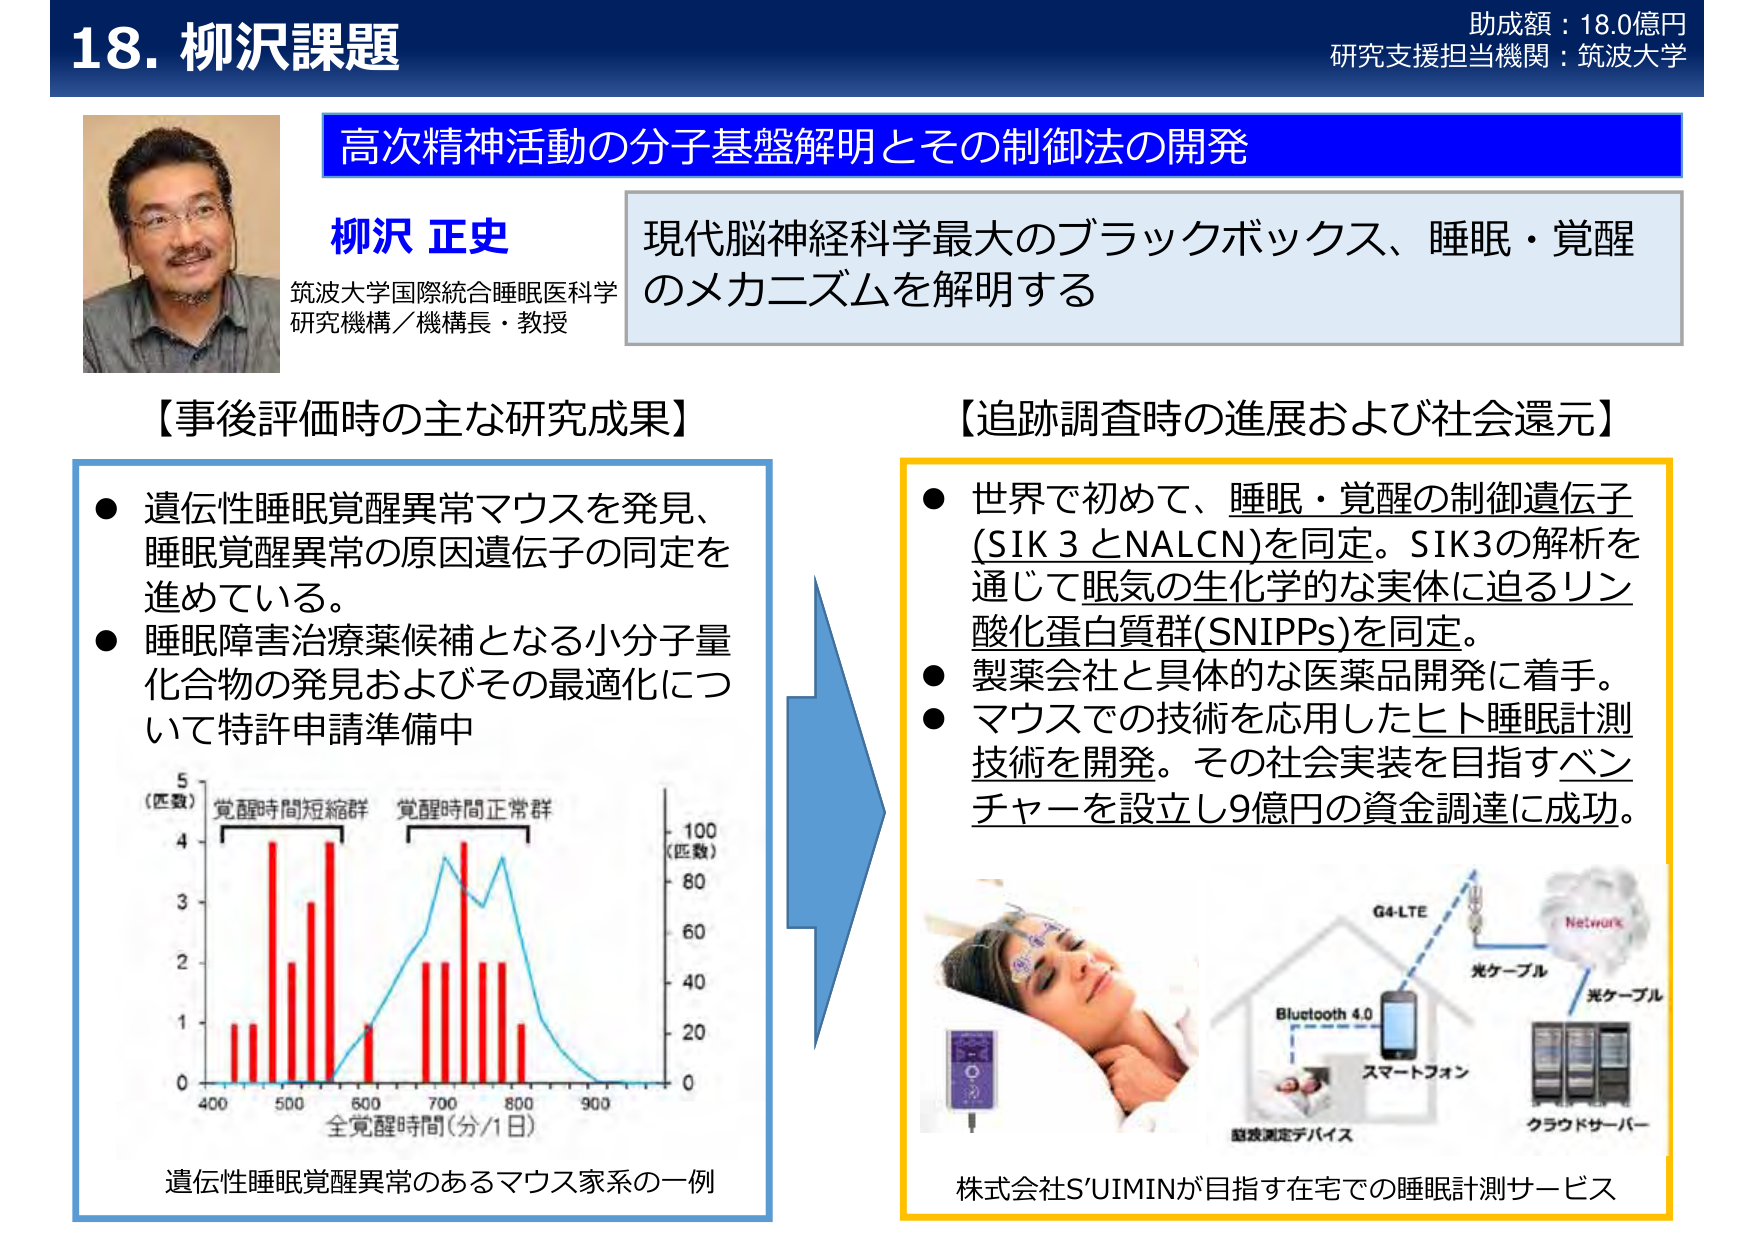
18. 柳沢課題
助成額：18.0億円
研究支援担当機関：筑波大学

高次精神活動の分子基盤解明とその制御法の開発

柳沢 正史
筑波大学国際統合睡眠医科学
研究機構／機構長・教授

現代脳神経科学最大のブラックボックス、睡眠・覚醒
のメカニズムを解明する

【事後評価時の主な研究成果】
● 遺伝性睡眠覚醒異常マウスを発見、
　睡眠覚醒異常の原因遺伝子の同定を
　進めている。
● 睡眠障害治療薬候補となる小分子量
　化合物の発見およびその最適化につ
　いて特許申請準備中

（匹数）
覚醒時間短縮群　覚醒時間正常群
（匹数）
5
4
3
2
1
0
400　500　600　700　800　900
全覚醒時間（分/1日）
100
80
60
40
20
0

遺伝性睡眠覚醒異常のあるマウス家系の一例

【追跡調査時の進展および社会還元】
● 世界で初めて、睡眠・覚醒の制御遺伝子
　(SIK3とNALCN)を同定。SIK3の解析を
　通じて眠気の生化学的な実体に迫るリン
　酸化蛋白質群(SNIPPs)を同定。
● 製薬会社と具体的な医薬品開発に着手。
● マウスでの技術を応用したヒト睡眠計測
　技術を開発。その社会実装を目指すベン
　チャーを設立し9億円の資金調達に成功。

G4-LTE
Network
光ケーブル
Bluetooth 4.0
スマートフォン
光ケーブル
クラウドサーバー
脳波測定デバイス

株式会社S’UIMINが目指す在宅での睡眠計測サービス